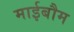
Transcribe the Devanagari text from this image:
माईबौम